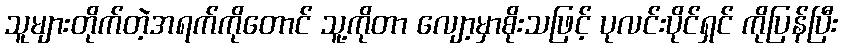
သူများတိုက်တဲ့အရက်ကိုတောင် သူ့ကိုတာ လျော့မှာစိုးသဖြင့် ပုလင်းပိုင်ရှင် ကိုပြန်ပြီး